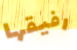
رفيقها